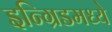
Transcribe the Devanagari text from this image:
इन्ग्रिडमध्ये